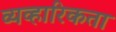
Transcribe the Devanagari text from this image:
व्यव्हारिकता